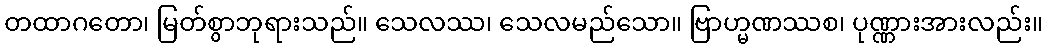
တထာဂတော၊ မြတ်စွာဘုရားသည်။ သေလဿ၊ သေလမည်သော။ ဗြာဟ္မဏဿစ၊ ပုဏ္ဏားအားလည်း။